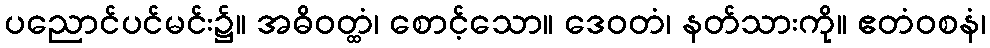
ပညောင်ပင်မင်း၌။ အဓိဝတ္ထံ၊ စောင့်သော။ ဒေဝတံ၊ နတ်သားကို။ ဧတံဝစနံ၊